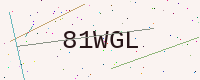
Text: 81WGL